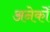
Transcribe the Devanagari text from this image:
अनेकोँ